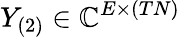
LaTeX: Y_{(2)}\in\mathbb{C}^{E\times(TN)}